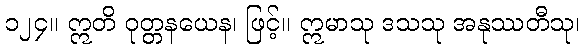
၁၂၄။ ဣတိ ဝုတ္တနယေန၊ ဖြင့်။ ဣမာသု ဒသသု အနုဿတီသု၊